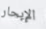
الإبحار